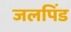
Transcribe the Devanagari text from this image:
जलपिंड